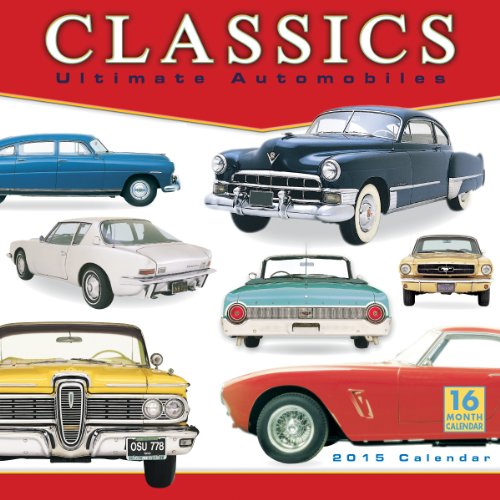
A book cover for Classics: Ultimate Automobiles 2015 Wall Calendar; Sellers Publishing Inc; Calendars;